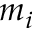
m _ { i }